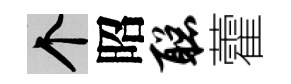
个昭聪藿